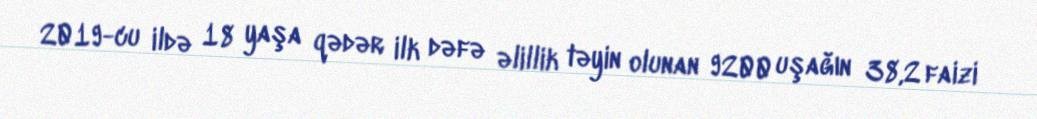
2019-cu ildə 18 yaşa qədər ilk dəfə əlillik təyin olunan 9200 uşağın 38,2 faizi